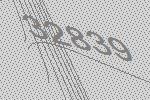
32839